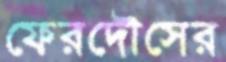
ফেরদৌসের